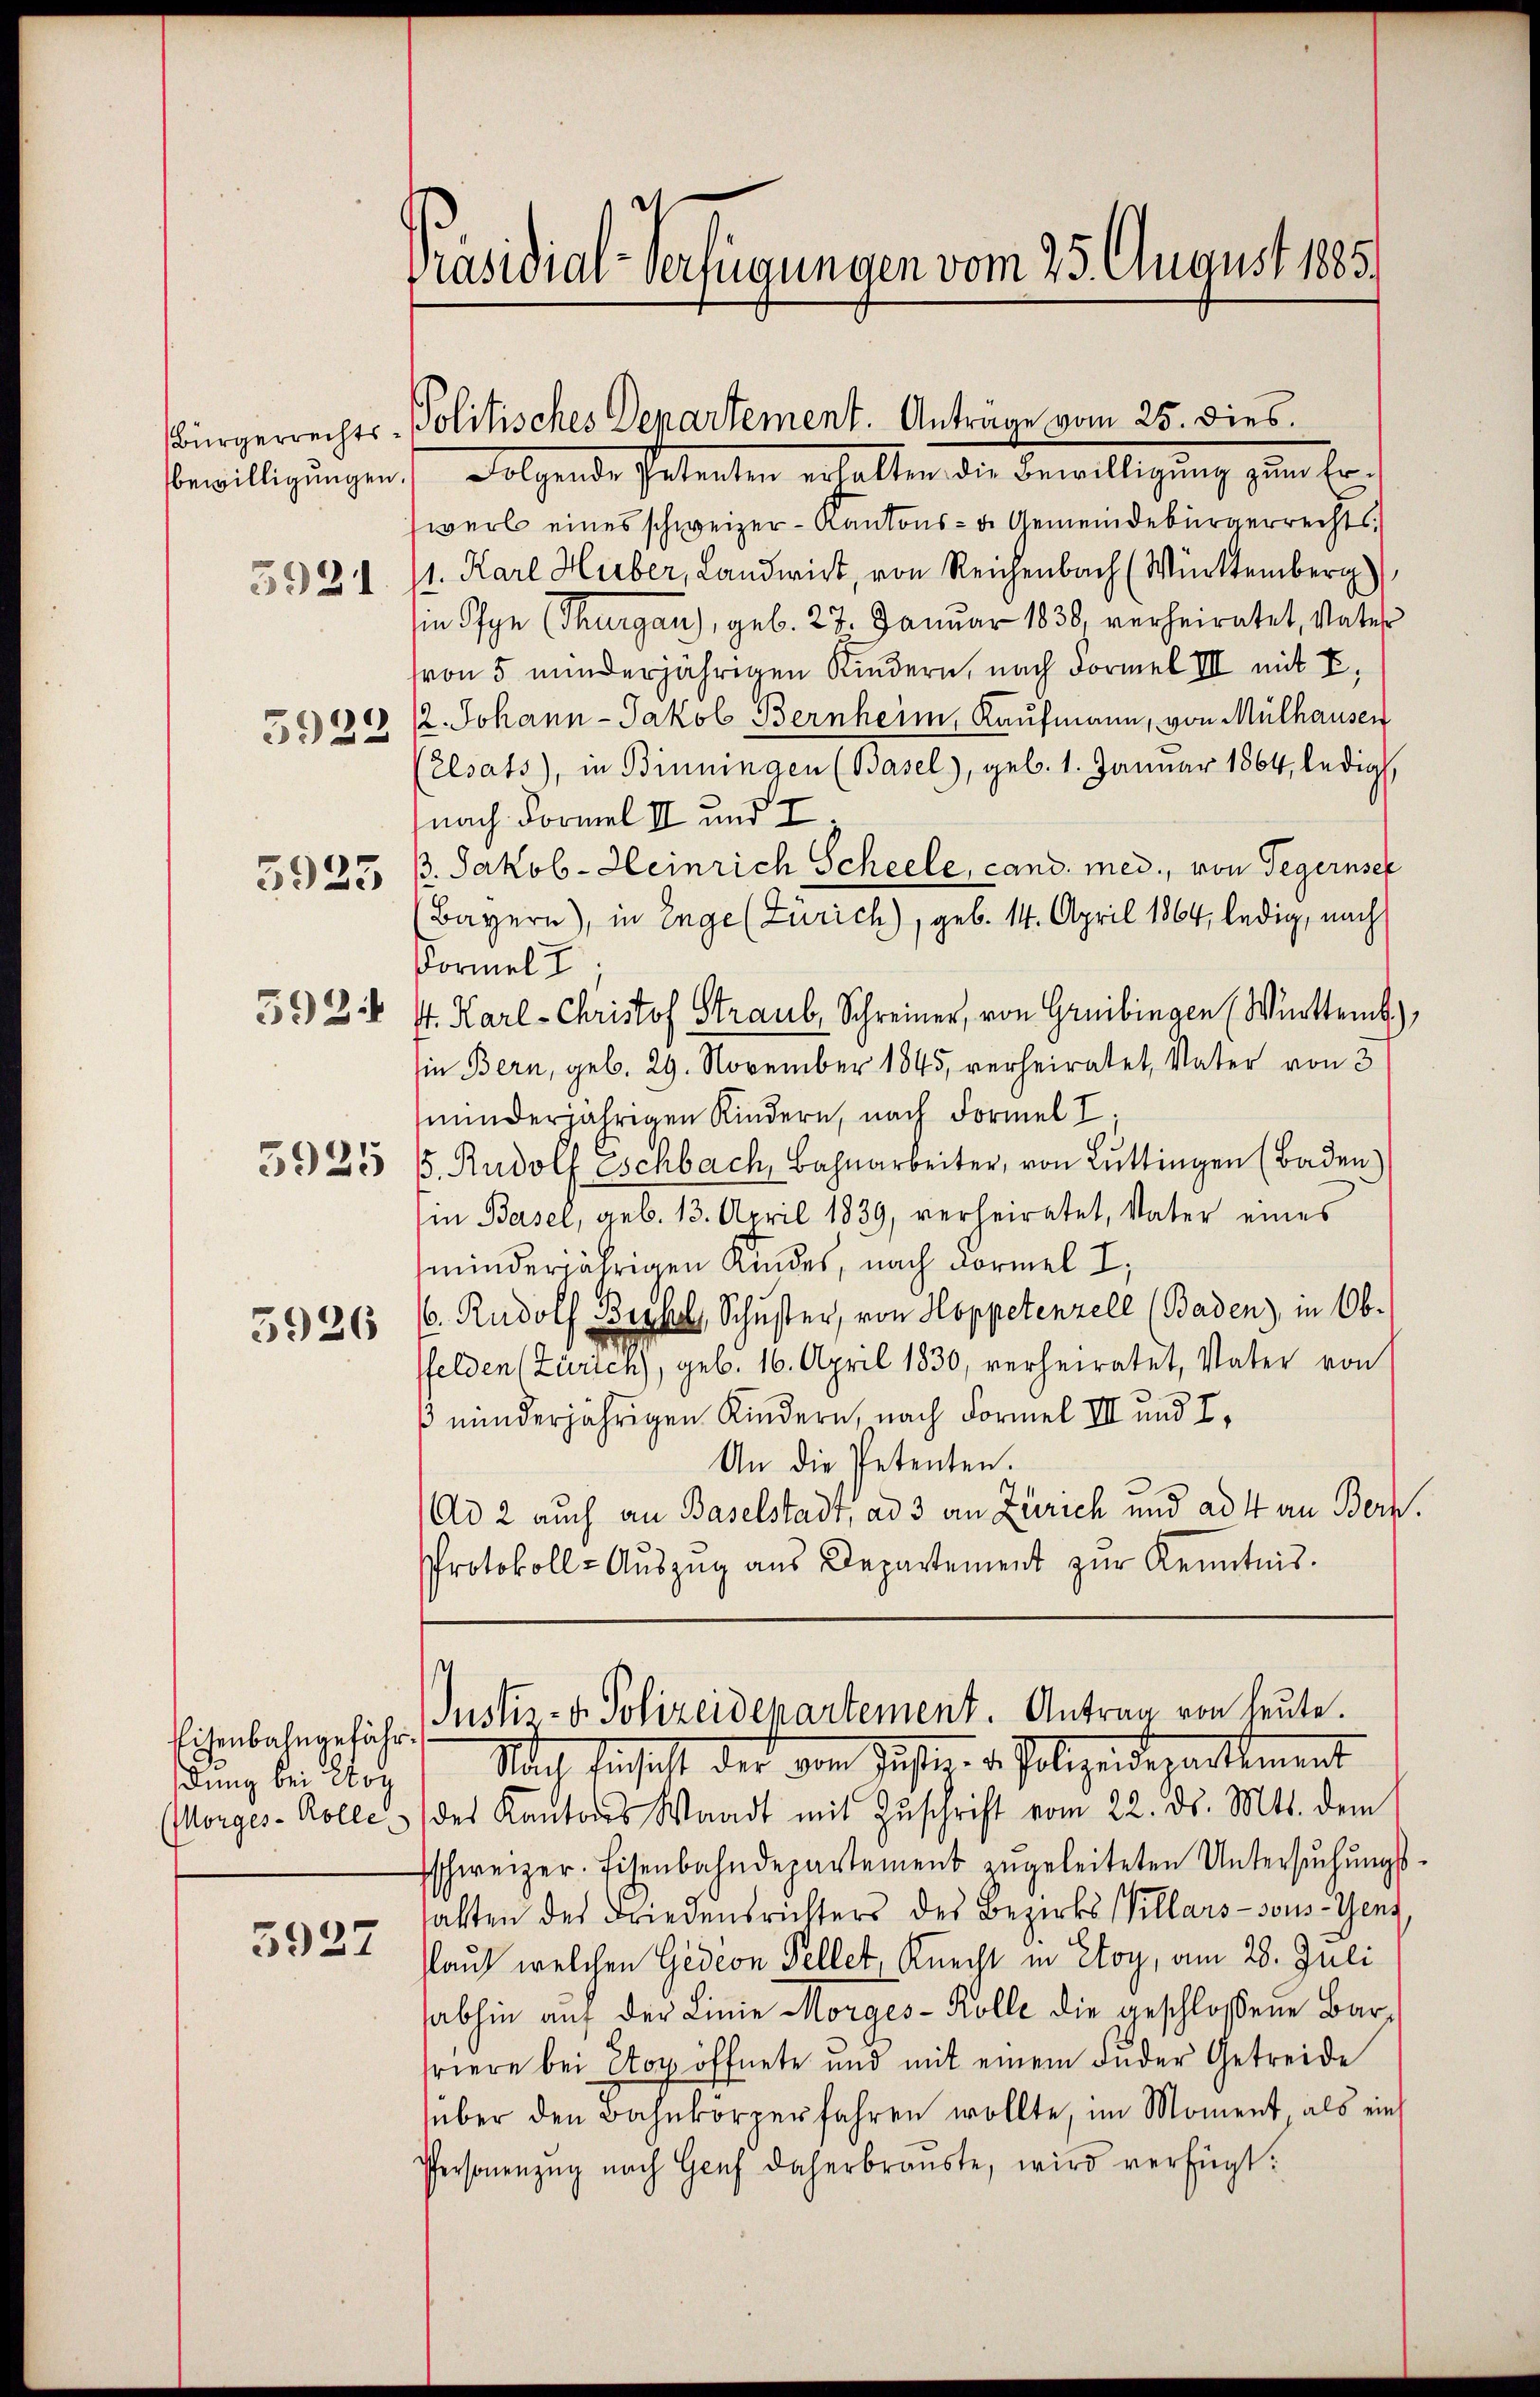
bewilligungen.
5922

5921

5923

5924
5925

5926

Visenbahngefährdung bei Elog
(Morges - Rolle.

5937

Präsidial-Verfügungen vom 25. August 1885/

Bürgerrechts-Politisches Departement. Anträge vom 25. dies

Folgende Petenten erhalten die Bewilligung zum Erwerb eines schweizer-Kantons- u. Gemeindebürgerrechts¬
1. Karl Huber, Landwirt, von Reichenbach (Württemberg
in Pfye (Thurgau), geb. 27. Januar 1838, verheiratet, Vater
von 5 minderjährigen Kindern, nach Formel III mit E
2. Johann-Jakob Bernheim, Kaufmann, von Mülhausen
Elsats, in Binningen (Basel), geb. 1. Januar 1864, ledigt.
nach Formel III und I.
. Jakob-Heinrich Scheele, cand. med., von Tegernseh
Bayern), in Enge (Zürich), geb. 14. April 1864, ledig, nach
Formel
St. Karl-Christof Straub, Schreiner, von Gruibingen (Württemb.),
in Bern, geb. 29. November 1845, verheiratet, Vater von 3
minderjährigen Kindern, nach Formel I
/5. Rudolf Sschbach, Bahnarbeiter, von Lŭttingen (Baden)
in Basel, geb. 13. April 1839, verheiratet, Vater eines
minderjährigen Kindes, nach Vormel I,
. Rudolf Bickel, Schuster, von Hoppetenzell (Baden), in Obe
felden (Zürich), geb. 16. April 1830, verheiratet, Vater von
ß minderjährigen Kindern, nach Formel III und I,
An die Petenten.
Ad 2 auch an Baselstadt, ad 3 an Zürich und ad 4 an Bern.
Protokoll-Aŭszŭg aŭs Departement zŭr Kenntnis.

s
Justiz- & Polizeidepartement. Antrag von heute.

Nach besicht der vom Justiz- u. Polizeidepartement
des Kantons Waadt mit Zŭschrift vom 22. ds. Mts. dem
schweizer. Eisenbahndepartement zŭgeleiteten Untersŭchŭngs-
halten des Friedensrichters des Bezirks- Killars-vous- Genz
lauf welchen Gedeon Fellet, Knecht in Etoy, am 28. Juli
sabhin auf der Linie Morges - Kolle die geschlossene Bartriere bei Cop. öffnete und mit einem Fuder Getreide
über den Bahnkörperfahren wollte, im Moment als ein
Personenzŭg nach Genf daherbraŭste, wird verfügt: